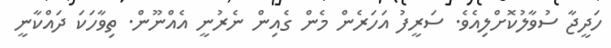
ހަދީޖާ ސުވާލުކޮށްލިއެވެ. ސަރީފު އަހަރެން މެން ގެއިން ނެރުނީ އެއްނޫން. ތިވާހަކަ ދައްކާނީ